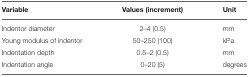
| Variable | Values (increment) | Unit |
 | --- | --- | --- |
 | Indentor diameter | 2–4 (0.5) | mm |
 | Young modulus of indentor | 50–250 (100) | kPa |
 | Indentation depth | 0.5–2 (0.5) | mm |
 | Indentation angle | 0–20 (5) | degrees |